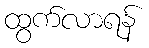
ထွက်လာရန်